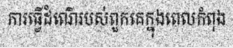
ការធ្វើដំណើរបស់ពួកគេក្នុងពេលកំពុង